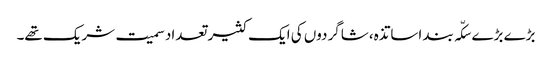
بڑے بڑے سکّہ بند اساتذہ، شاگردوں کی ایک کثیر تعداد سمیت شریک تھے۔